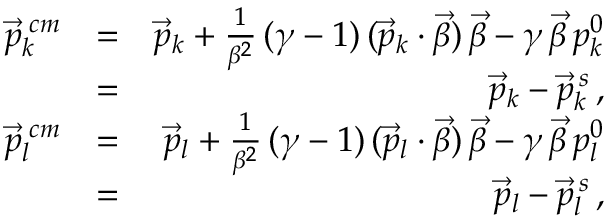
\begin{array} { r l r } { \vec { p } _ { k } ^ { \; c m } } & { = } & { \vec { p } _ { k } + \frac { 1 } { \beta ^ { 2 } } \, ( \gamma - 1 ) \, ( \vec { p } _ { k } \cdot \vec { \beta } ) \, \vec { \beta } - \gamma \, \vec { \beta } \, p _ { k } ^ { 0 } } \\ & { = } & { \vec { p } _ { k } - \vec { p } _ { k } ^ { \, s } \, , } \\ { \vec { p } _ { l } ^ { \; c m } } & { = } & { \vec { p } _ { l } + \frac { 1 } { \beta ^ { 2 } } \, ( \gamma - 1 ) \, ( \vec { p } _ { l } \cdot \vec { \beta } ) \, \vec { \beta } - \gamma \, \vec { \beta } \, p _ { l } ^ { 0 } } \\ & { = } & { \vec { p } _ { l } - \vec { p } _ { l } ^ { \, s } \, , } \end{array}